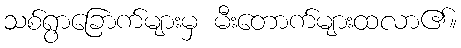
သစ်ရွာခြောက်များမှ မီးတောက်များထလာ၏။